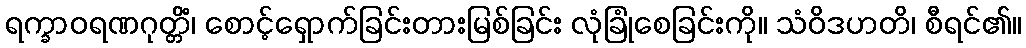
ရက္ခာဝရဏဂုတ္တိံ၊ စောင့်ရှောက်ခြင်းတားမြစ်ခြင်း လုံခြုံစေခြင်းကို။ သံဝိဒဟတိ၊ စီရင်၏။